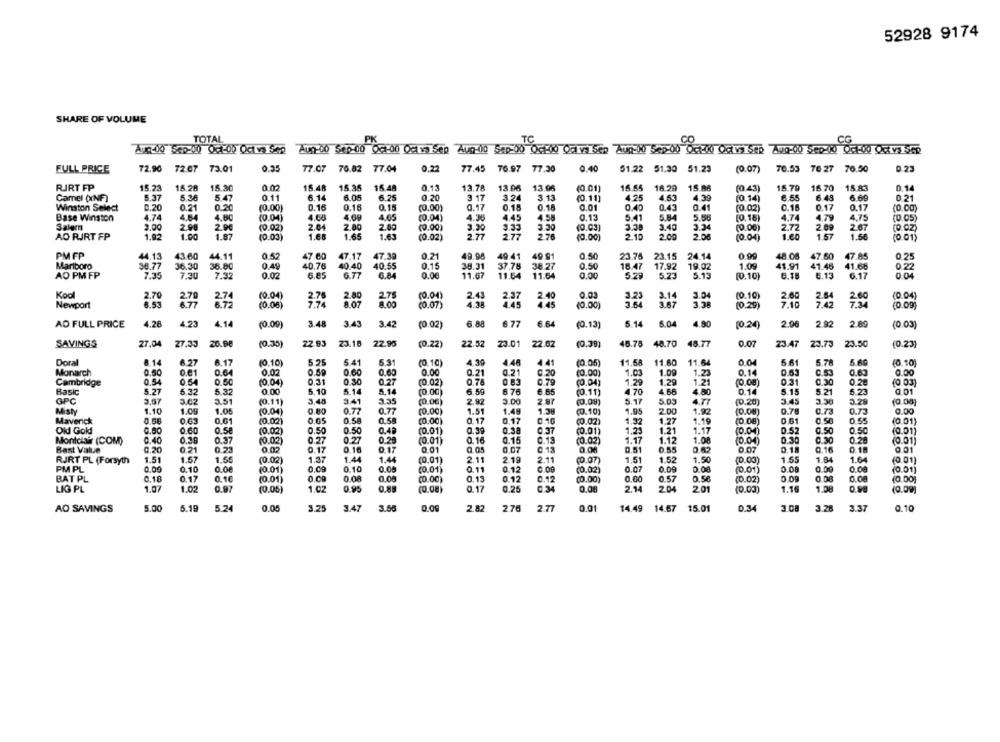
52928 9174
SHARE OF VOLUME
TOTAL
PK
TC
CO
CG
Aug-00 Sep-00 05:00 Og va Sep Aug-00 54p-00 0c 00 Odi vs Sep Aug-00 5.2-00 04:00 Odys SEp wQ-00 Sep-00 06-00 0XVS Sep
FULL PRICE
72.90
72.07 73.01
0.35
77.07
76.82 77.04
0.22
77.45
76.97
77.30
0.40
51.22 51.30
51.23
(0.07)
70.53 76.27 70.50
0.23
0.02
15.48
15.35
15 48
13.08
13.06
16.55
16.29
15 AA
15.79
16.70
15.83
0.14
RIRT FP
15.23
15.30
0.13
13.78
(0.01)
(0.43)
Camel (INF)
5.37
5.36
5.47
0.11
6.14
6.05
6.25
0.20
3 17
3.24
3.13
(0.11)
4.25
4.53
4.39
(0.14)
6.55
6.48
6.69
0.21
Winston Select
0.20
0.21
0.20
(0.00)
0.16
0.16
0.15
(0.00)
0.17
0.18
0.18
0.40
0.43
0.41
(0.02)
0.15
0.17
0.17
4.64
4.60
4.65
4.08
4.65
0.13
5.84
4.74
4.79
4.75
Base Winston
4.74
(0.04)
(0.04)
4.36
4.45
4.58
OC C
5.41
5.56
[0.16)
(0.05
Salerm
2.00
2.98
2.00
(0.02)
2.64
2.80
2.60
(0.00)
3.20
3.33
(0.03)
3.38
3.40
3.34
(0.00)
2.72
2 09
2.67
(0.02)
AO RJRT FP
1.92
1.00
1.87
(0.03)
1.68
1.65
1.63
(0.02)
2.77
2.77
2.76
(0.00)
2.10
200
2.06
(0.04)
1.60
1.57
1.56
(0.01)
PM FP
44.13
43.60
44.11
0.52
47.60
47.17
47.39
0.21
49.98
49 41
49.91
0.50
23.76 23.15
24.14
48.00
47.60
47.85
0.25
Marlboro
36.77
36.30
38.80
0.49
40.78
40.40
40.55
0.15
38.31
37.78
38.27
0.50
18.47
17.92
19.02
1.09
41.91
41.45
41.65
0 .22
AD PM FP
7.35
7.30
7.32
0.02
6.65
6.77
6.84
0.00
11.67
11.54
11.64
0.00
5.29
5.23
5.13
(0.10]
6.18
6.13
6.17
0.04
Kool
2.70
2.70
2.74
(0.04)
2.76
2,80
2.75
(0.04)
2.43
0.03
3.23
3.14
3.04
(0.10)
2.60
2.64
2.60
(0.04)
Newport
6.53
6.77
6.72
(0.06)
8.07
8.00
(0.07)
4.38
(0.00)
3.64
3.67
3.38
(0.29)
7.10
7.42
(0.09)
AO FULL PRICE
4.28
4.23
4.14
(0.00)
3.48
3.43
3.42
(0.02)
6.88
6.77
6 64
(0.13)
5.14
5.04
4.90
(0.24)
2.96
2.92
2.89
(0.03)
23.16
72.96
23.01
46.75
48.77
23.50
SAVINGS
27.04
27.33
(0.35)
22.93
(0.22)
22.52
22.02
(0.38)
48.70
0.07
23.47
23.73
(0.23
Doral
8.14
6.27
6.17
(0.10)
5.25
5.41
5.3
(0.10)
4.30
4.48
4.41
(0.05)
11.58
11.60
11.64
0.04
5 6
5.78
5.69
(0.10)
Monarch
0.50
0.61
0.64
0.02
0.50
0.60
0.60
0.00
0.21
0.21
0.20
(0.00)
1.03
1.09
0.14
0.53
0.63
0.00
1.23
Cambridge
0,54
064
0.50
(0.04)
0,31
0 30
0.27
(0.02)
0.78
0 83
0.79
(0.04)
1.29
1.29
1.21
0.31
0.30
0.20
(0 03)
Basic
5.27
5.32
5.32
0.00
5.10
5.14
5.14
(0.00)
6.59
6 76
6.65
(0.11)
4 70
4.66
4.80
0.14
5.15
5.21
OC C
5.23
0.01
GPC
3.67
3.02
3.51
(0.11)
3 48
3.41
3.35
(0.00)
2.92
3.00
2.87
(0.08)
5.17
5.05
4.77
(0.20)
3.45
5.28
(0.00)
0.80
Misty
1.10
1.00
1.05
(0.04)
0.77
0.77
(0.00)
1.51
1.48
1.38
(0.10)
1.95
2.00
1.92
(0.08)
0.78
0.73
0.73
0.00
Maverick
0.58
0.63
0.61
(0.02)
O.G5
0.58
0.58
(0.00
0.17
0.17
0.10
1.32
1.27
1.19
(0.08)
0.50
0.55
(0.01)
Old Gold!
0.80
0.60
0.58
(0.02)
0.50
0.50
0.4
(0.01)
0.39
0.98
0.37
(0.01)
1.23
1.2
1.17
(0.04)
0.52
0.50
0.50
(0.01)
Montclair (COM)
0.40
0.39
0.37
(0.02)
0.27
0.27
(0.01)
0.16
0.15
0.13
(0.02)
1.17
1.12
1.08
(0.04)
0.30
0.30
0.28
(0.01]
Best Value
0.20
0.21
0 23
0.02
0.17
0.16
0.17
0.01
0,05
0.07
0,13
0.08
0.51
0 55
0.42
0.07
0.16
0.18
RJRT PL (Forsyth
1.51
1.57
1.55
(0.02)
1.37
1.44
1.44
(0.01)
2.11
2.19
2.11
(0.07)
1.51
1.52
1.50
(0.03)
1.55
1.84
1.64
(0.01)
PM PL
0,09
0.00
(0.01)
0.00
0.10
0.00
(0.01)
0.11
0.12
0 09
0.07
0.09
0.08
0.08
0.00
0.00
(0.01)
0.10
(0.02)
(0.01)
BAT PL
0.10
0.17
0.10
(0.01)
0.00
0.08
(0.00)
0.13
0.12
0.12
(0.00)
0.00
0.57
0.56
(0.02)
0.09
0.08
0.00
(0.00]
LIG PL
1.07
1.02
0.97
(0.05)
1.02
0.95
0.85
(0.08
0.17
0.25
0.34
0.08
2.14
2.04
201
(0.03)
1.15
1.08
(0.00)
AO SAVINGS
5.00
5.19
5.24
0.05
3.25
3.47
3.58
0.09
2.82
276
2.77
0.01
14.49
14.67
15.01
0.34
3 08
3.28
3.37
0.10